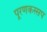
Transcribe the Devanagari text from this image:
पूरणकस्सप